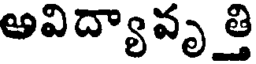
అవిద్యావృత్తి